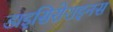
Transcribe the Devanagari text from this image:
डाइसिरोराइनस